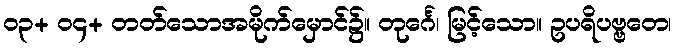
၀၃+ ၀၄+ တတ်သောအမိုက်မှောင်၌။ တုင်္ဂေ၊ မြင့်သော။ ဥပရိပဗ္ဗတေ၊